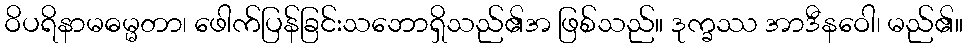
ဝိပရိနာမဓမ္မတာ၊ ဖေါက်ပြန်ခြင်းသဘောရှိသည်၏အ ဖြစ်သည်။ ဒုက္ခဿ အာဒီနဝေါ၊ မည်၏။